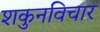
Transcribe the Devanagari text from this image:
शकुनविचार